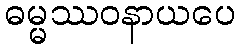
ဓမ္မဿဝနာယပေ